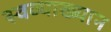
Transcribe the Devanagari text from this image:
स्वव्याख्यान